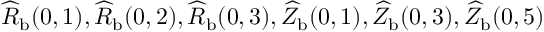
\widehat { R } _ { \mathrm { { b } } } ( 0 , 1 ) , \widehat { R } _ { \mathrm { { b } } } ( 0 , 2 ) , \widehat { R } _ { \mathrm { { b } } } ( 0 , 3 ) , \widehat { Z } _ { \mathrm { { b } } } ( 0 , 1 ) , \widehat { Z } _ { \mathrm { { b } } } ( 0 , 3 ) , \widehat { Z } _ { \mathrm { { b } } } ( 0 , 5 )